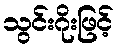
သွင်းဂိုးဖြင့်